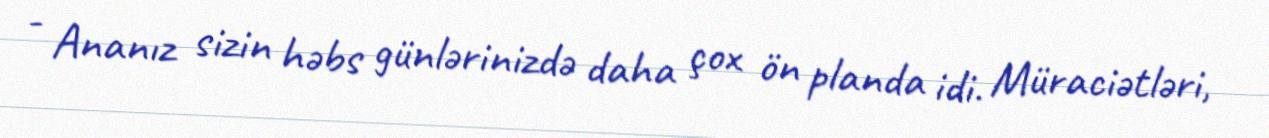
- Ananız sizin həbs günlərinizdə daha çox ön planda idi. Müraciətləri,